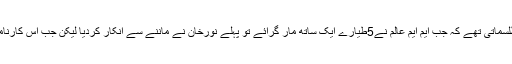
ان کی زیر قیادت ہمارے ہوابازوں کے کارنامے اس قدر طلسماتی تھے کہ جب ایم ایم عالم نے5طیارے ایک ساتھ مار گرائے تو پہلے نورخان نے ماننے سے انکار کردیا لیکن جب اس کارنامے کی تصدیق ہوئی تو انہوں نے ایم ایم عالم کو شاباش دی۔